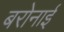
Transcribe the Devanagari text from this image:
बरोनाई